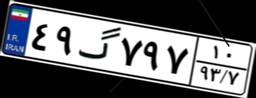
۵۱گ۱۴۱۸۲